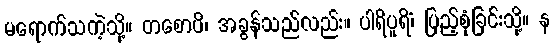
မရောက်သကဲ့သို့။ တစောပိ၊ အခွန်သည်လည်း။ ပါရိပူရိံ၊ ပြည့်စုံခြင်းသို့။ န